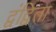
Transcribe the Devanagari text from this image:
द्वंद्विता